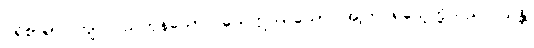
ပရိစာရာ၊ ကျင်လည်ကုန်သော။ ယေဣဿယော၊ အကြင်ရသေ့တို့သည်။ သန္တိ၊